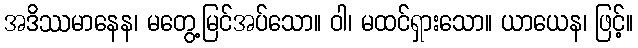
အဒိဿမာနေန၊ မတွေ့မြင်အပ်သော။ ဝါ၊ မထင်ရှားသော။ ယာယေန၊ ဖြင့်။